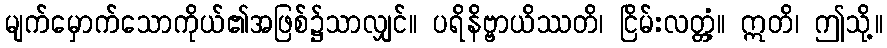
မျက်မှောက်သောကိုယ်၏အဖြစ်၌သာလျှင်။ ပရိနိဗ္ဗာယိဿတိ၊ ငြိမ်းလတ္တံ့။ ဣတိ၊ ဤသို့။